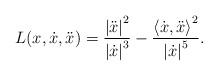
LaTeX: \begin{align*}L(x,\dot{x},\ddot{x})=\frac{\left\vert \ddot{x}\right\vert ^{2}}{\left\vert \dot{x}\right\vert ^{3}}-\frac{\left\langle \dot{x}, \ddot{x} \right\rangle ^{2}}{\left\vert \dot{x}\right\vert ^{5}}.\end{align*}